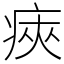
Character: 㾜